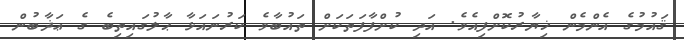
ޤައުމުގެ އެންމެން ޚިޔާރުކޮށްފިއެވެ. އަދި ކުށްފާފަތަކަށް ތައުބާވެ ކަރުނައަޅާ ޙާލުގައިތިބެ ގެ ޢަޛާބުން